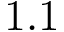
1 . 1